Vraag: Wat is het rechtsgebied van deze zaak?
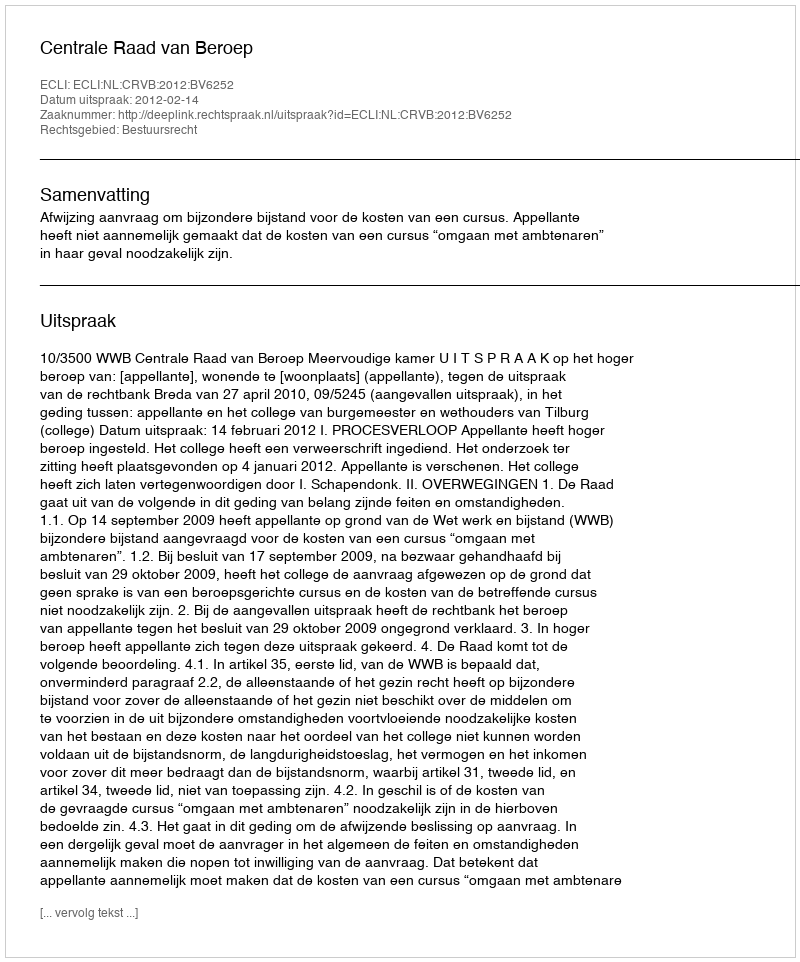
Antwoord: Bestuursrecht